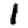
Digit: 1